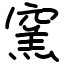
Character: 窯